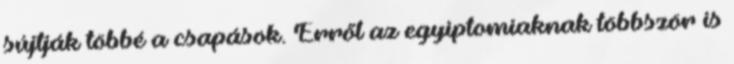
sújtják többé a csapások. Erről az egyiptomiaknak többször is